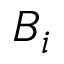
B _ { i }